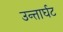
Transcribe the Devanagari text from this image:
उन्तार्घट